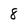
Character: 8